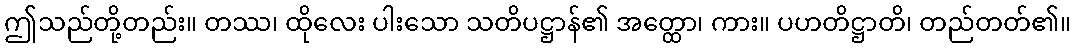
ဤသည်တို့တည်း။ တဿ၊ ထိုလေး ပါးသော သတိပဋ္ဌာန်၏ အတ္ထော၊ ကား။ ပဟတိဋ္ဌာတိ၊ တည်တတ်၏။